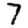
Digit: 7